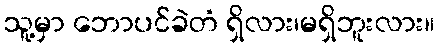
သူ့မှာ ဘောပင်ခဲတံ ရှိလား၊မရှိဘူးလား။